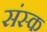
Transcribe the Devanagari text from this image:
संस्क